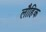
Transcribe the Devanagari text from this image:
लौहिक